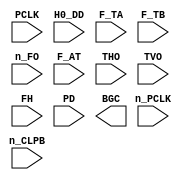
// This program was cloned from: https://github.com/emu-russia/breaks
// License: Creative Commons Zero v1.0 Universal


module BGCol(
	n_PCLK, PCLK,
	H0_DD, F_TA, F_TB, n_FO, F_AT, THO, TVO, FH, PD, n_CLPB,
	BGC);

	input n_PCLK;
	input PCLK;

	input H0_DD;
	input F_TA;
	input F_TB;
	input n_FO;
	input F_AT;
	input [4:0] THO;
	input [4:0] TVO;
	input [2:0] FH;
	input [7:0] PD;
	input n_CLPB;

	output [3:0] BGC;

endmodule // BGCol